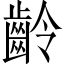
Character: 齡